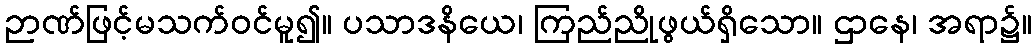
ဉာဏ်ဖြင့်မသက်ဝင်မူ၍။ ပသာဒနိယေ၊ ကြည်ညိုဖွယ်ရှိသော။ ဌာနေ၊ အရာ၌။